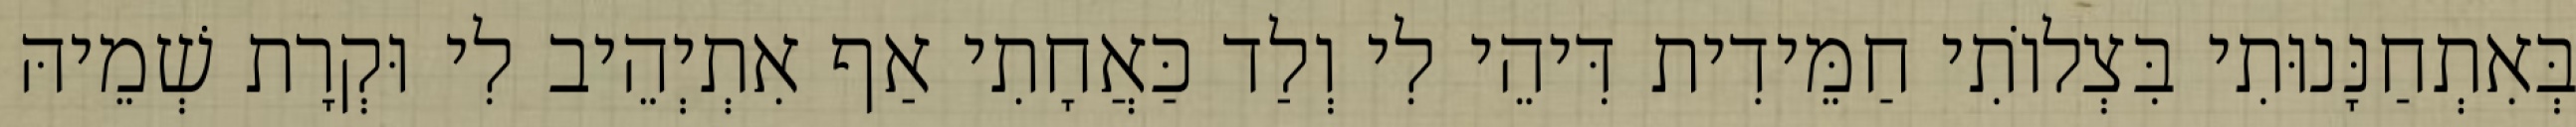
בְּאִתְחַנָּנוּתִי בִּצְלוֹתִי חַמֵּידִית דִּיהֵי לִי וְלַד כַּאֲחָתִי אַף אִתְיְהֵיב לִי וּקְרָת שְׁמֵיהּ